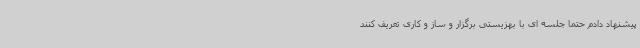
پیشنهاد دادم حتما جلسه ای با بهزیستی برگزار و ساز و کاری تعریف کنند